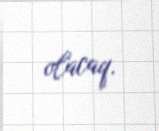
olacaq.